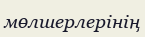
мөлшерлерінің